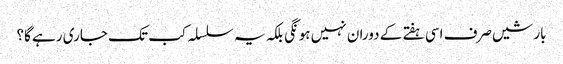
بارشیں صرف اسی ہفتے کے دوران نہیں ہونگی بلکہ یہ سلسلہ کب تک جاری رہے گا؟